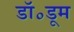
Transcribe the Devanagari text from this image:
डॉ॰डूम